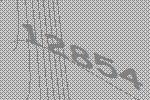
12854